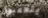
يتلاعبون